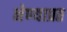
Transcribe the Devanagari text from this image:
नेण्याप्रत